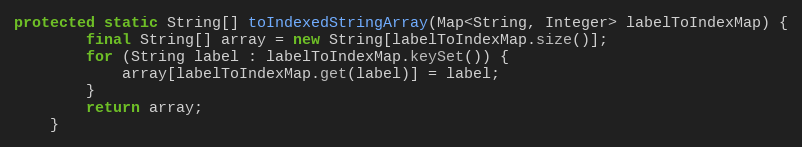
Language: Java
protected static String[] toIndexedStringArray(Map<String, Integer> labelToIndexMap) {
        final String[] array = new String[labelToIndexMap.size()];
        for (String label : labelToIndexMap.keySet()) {
            array[labelToIndexMap.get(label)] = label;
        }
        return array;
    }